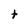
Character: t